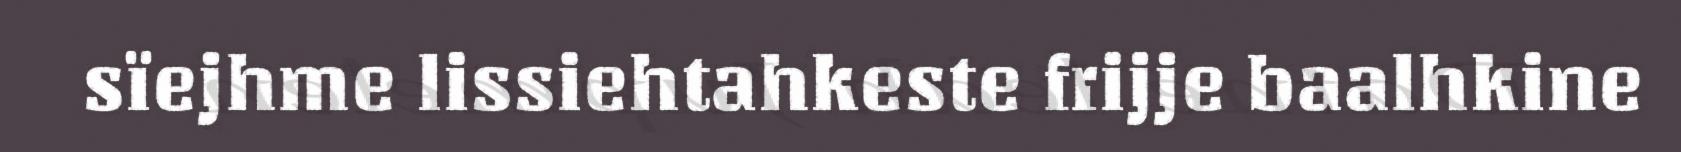
sïejhme lissiehtahkeste frijje baalhkine